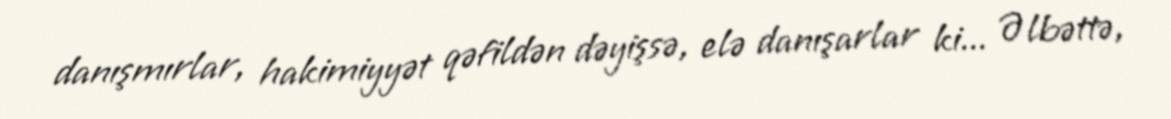
danışmırlar, hakimiyyət qəfildən dəyişsə, elə danışarlar ki... Əlbəttə,